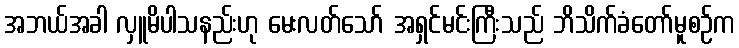
အဘယ်အခါ လှူမိပါသနည်းဟု မေးလတ်သော် အရှင်မင်းကြီးသည် ဘိသိက်ခံတော်မူစဉ်က